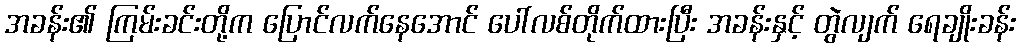
အခန်း၏ ကြမ်းခင်းတို့က ပြောင်လက်နေအောင် ပေါ်လစ်တိုက်ထားပြီး အခန်းနှင့် တွဲလျက် ရေချိုးခန်း